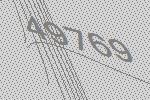
49769